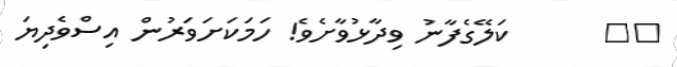
٥١      ކަލޭގެފާނު ވިދާޅުވާށެވެ! ހަމަކަށަވަރުން އިސްވެދިޔަ